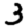
Digit: 3